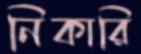
নিকারি